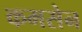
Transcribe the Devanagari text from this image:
कमसेन